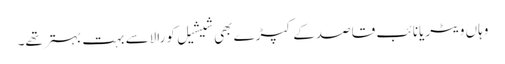
وہاں ویٹریانائب قاصدکے کپڑے بھی شیشیل کورالاسے بہت بہتر تھے۔